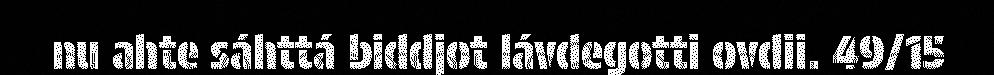
nu ahte sáhttá biddjot lávdegotti ovdii. 49/15